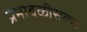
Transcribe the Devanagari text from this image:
प्रभावळीसकट